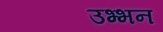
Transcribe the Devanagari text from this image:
उभ्भन